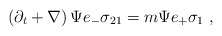
\begin{align*} \left( \partial_t + \nabla \right) \Psi e_- \sigma_{21} = m \Psi e_+ \sigma_{1}~,\end{align*}